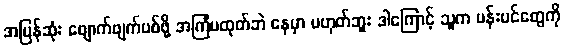
အမြန်ဆုံး ဖျောက်ဖျက်ပစ်ဖို့ အကြံမထုတ်ဘဲ နေမှာ မဟုတ်ဘူး ဒါကြောင့် သူက ပန်းပင်တွေကို